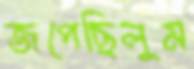
জপেছিলুম